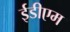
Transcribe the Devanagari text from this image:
ईडीएम